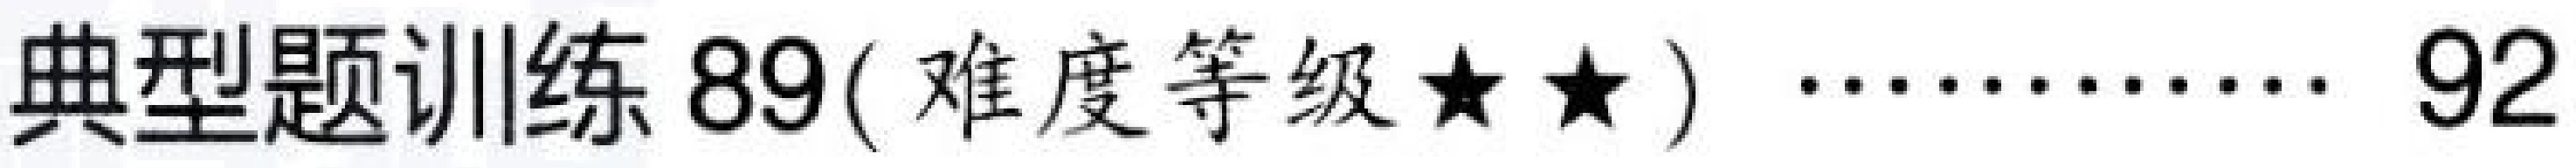
典型题训练 89(难度等级$\star\star$) ………… 92